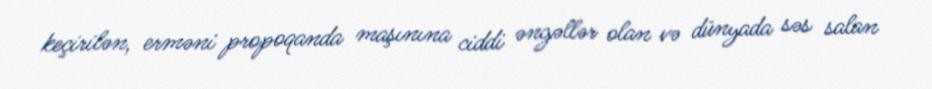
keçirilən, erməni propoqanda maşınına ciddi əngəllər olan və dünyada səs salan